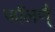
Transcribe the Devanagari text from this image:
फाॅलण्ै